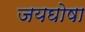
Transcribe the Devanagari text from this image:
जयघोषा